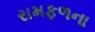
રામફળના